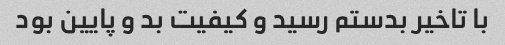
با تاخیر بدستم رسید و کیفیت بد و پایین بود